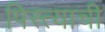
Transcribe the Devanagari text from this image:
पिस्त्याची